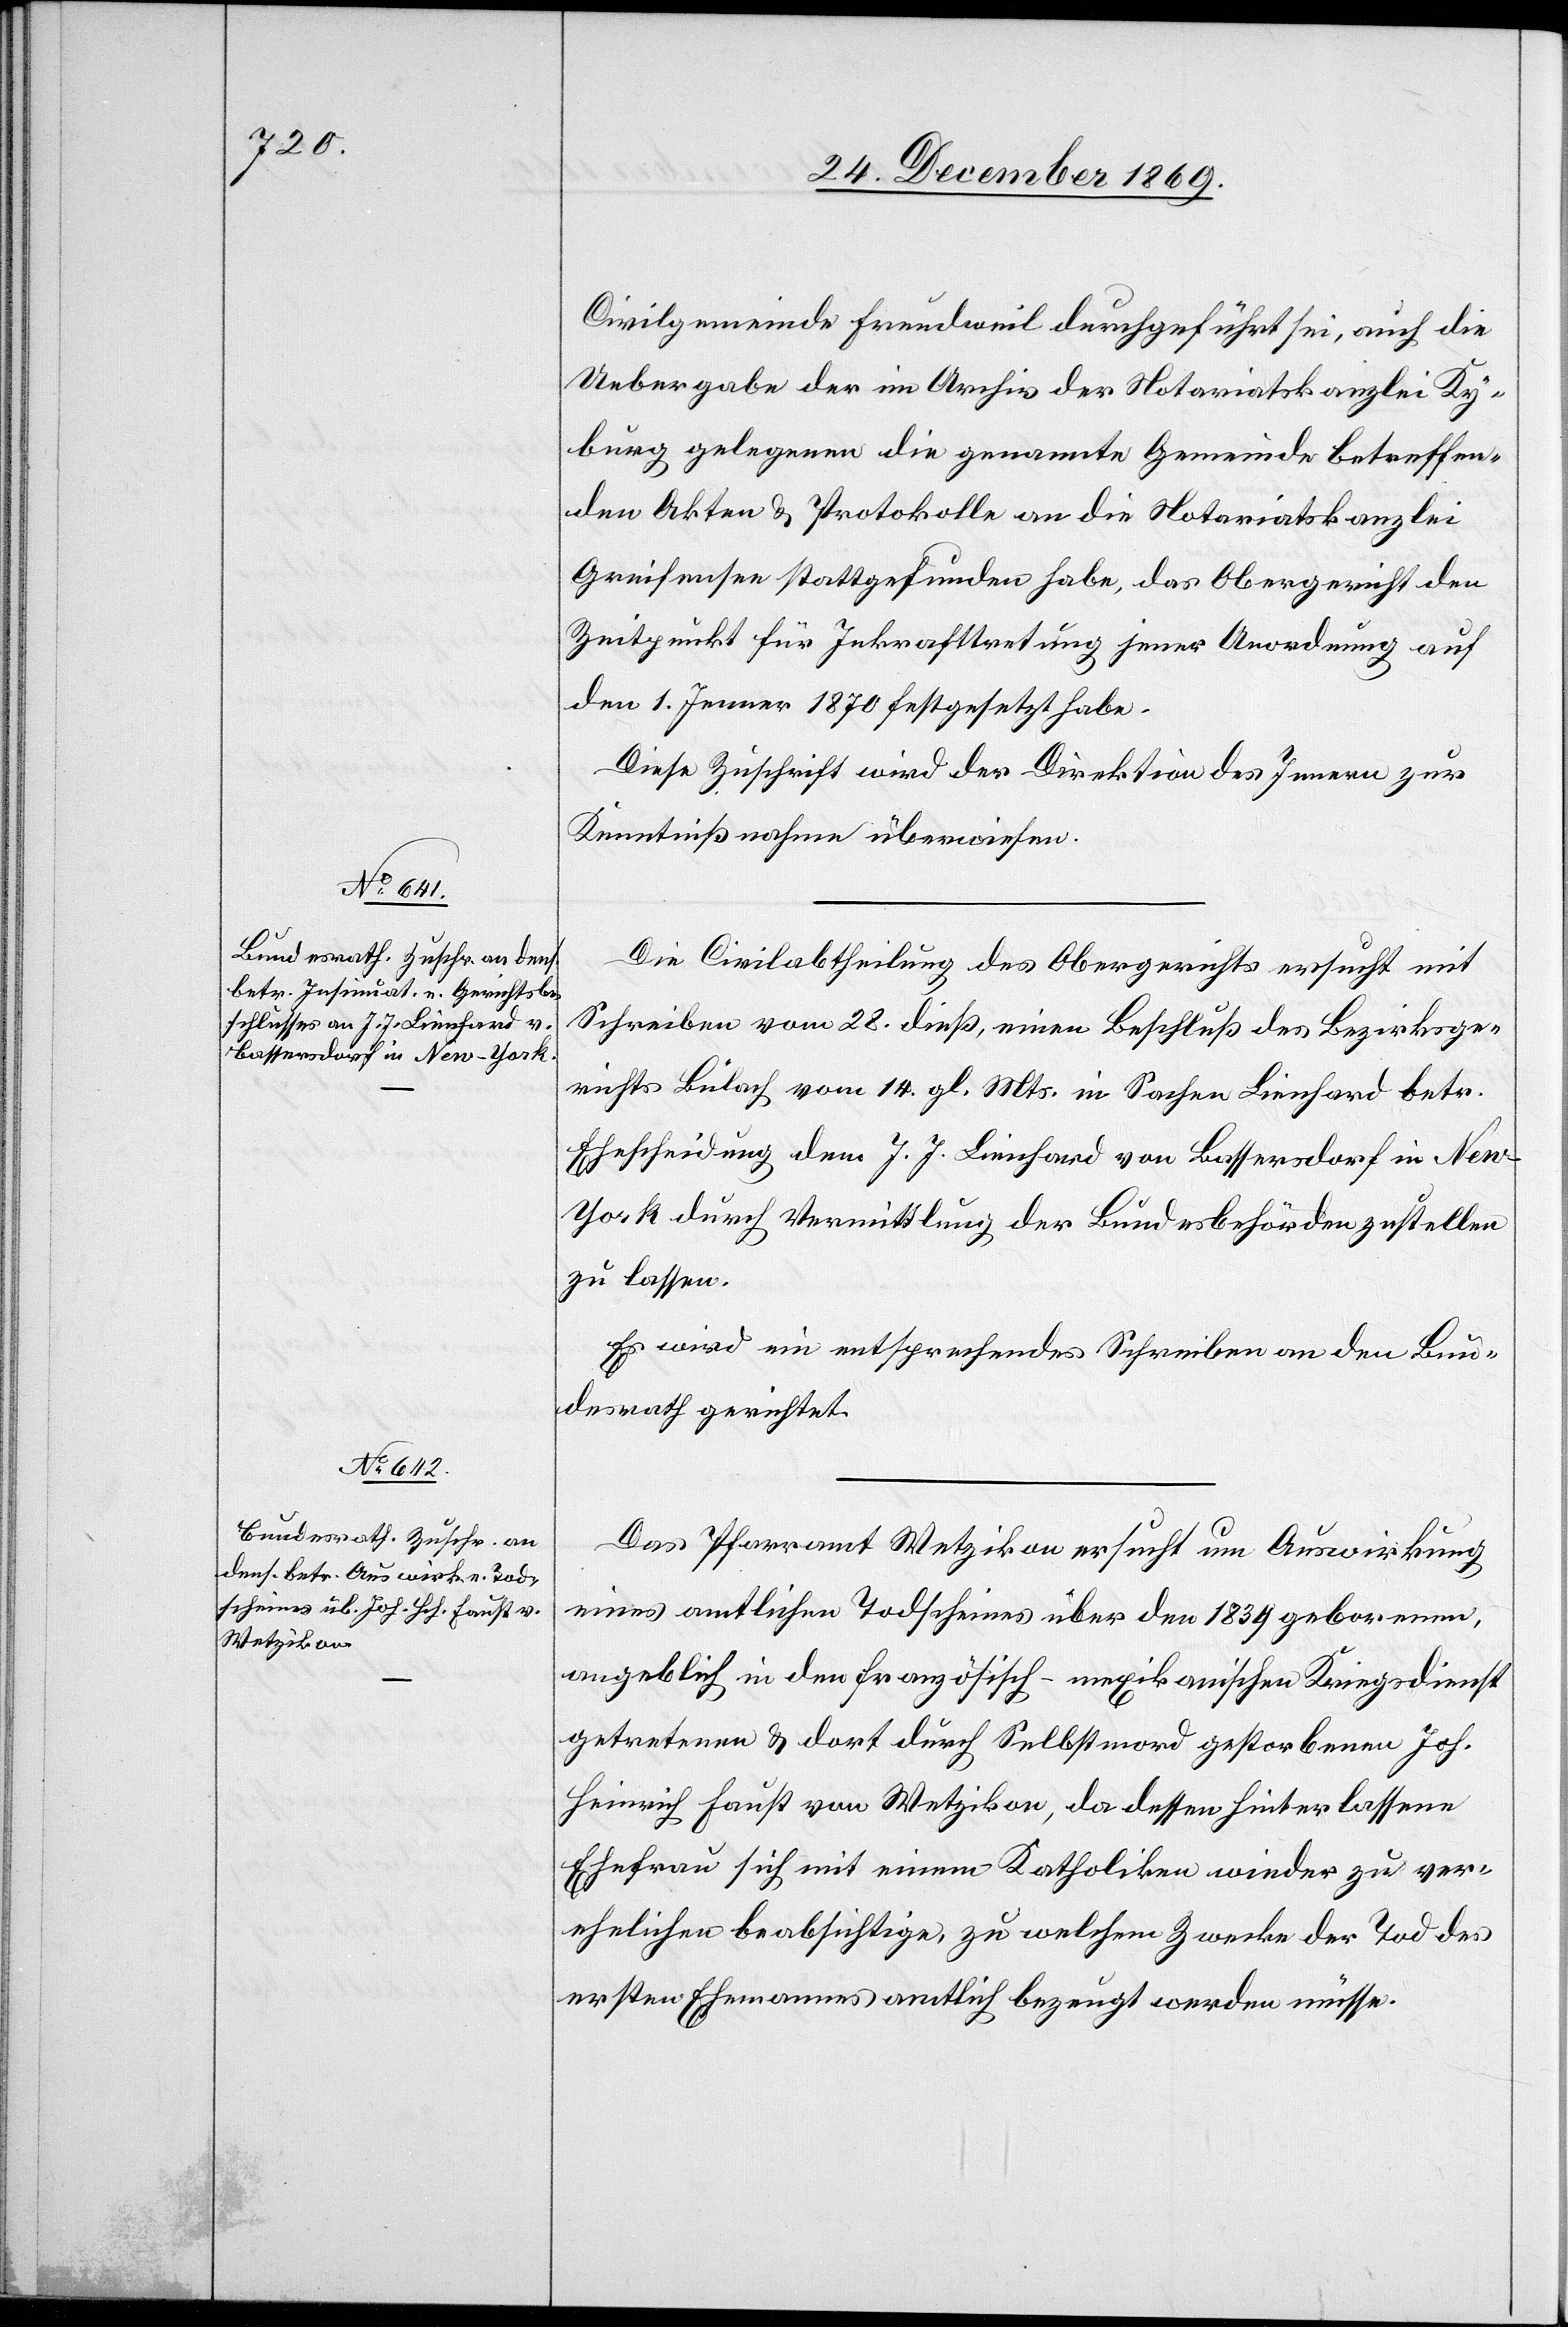
30. December 1869.]
Civilgemeinde Freudweil durchgeführt sei, auch die
Uebergabe der im Archiv der Notariatskanzlei Ky¬
burg gelegenen die genannte Gemeinde betreffen¬
den Akten & Protokolle an die Notariatskanzlei
Greifensee stattgefunden habe, das Obergericht den
Zeitpunkt für Inkrafttretung jener Anordnung auf
den 1. Jenner 1870 festgesetzt habe.
Diese Zuschrift wird der Direktion des Innern zur
Kenntnißnahme überwiesen.
Die Civilabtheilung des Obergerichts ersucht mit
Schreiben vom 28. dieß, einen Beschluß des Bezirksge¬
richts Bülach vom 14. gl. Mts. in Sachen Lienhard betr.
Ehescheidung dem J. J. Lienhard von Bassersdorf in Ne¬
w-York durch Vermittlung der Bundesbehörden zustellen
zu lassen.
Es wird ein entsprechendes Schreiben an den Bun¬
desrath gerichtet.
Das Pfarramt Wetzikon ersucht um Auswirkung
eines amtlichen Todscheines über den 1839 geborenen,
angeblich in den französisch-mexikanischen Kriegsdienst
getretenen & dort durch Selbstmord gestorbenen Joh.
Heinrich Faust von Wetzikon, da dessen hinterlassene
Ehefrau sich mit einem Katholiken wieder zu ver¬
ehelichen beabsichtige, zu welchem Zwecke der Tod des
ersten Ehemannes amtlich bezeugt werden müsse.